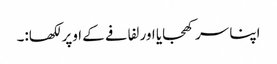
اپنا سر کھجایا اور لفافے کے اوپر لکھا:۔